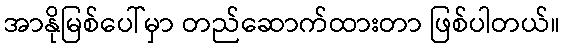
အာနိုမြစ်ပေါ်မှာ တည်ဆောက်ထားတာ ဖြစ်ပါတယ်။